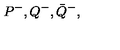
P ^ { - } , Q ^ { - } , \bar { Q } ^ { - } ,